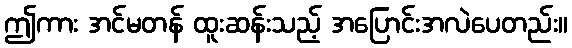
ဤကား အင်မတန် ထူးဆန်းသည့် အပြောင်းအလဲပေတည်း။